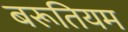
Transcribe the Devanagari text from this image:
बरूतियम